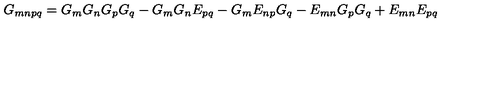
G _ { m n p q } = G _ { m } G _ { n } G _ { p } G _ { q } - G _ { m } G _ { n } E _ { p q } - G _ { m } E _ { n p } G _ { q } - E _ { m n } G _ { p } G _ { q } + E _ { m n } E _ { p q }